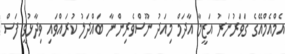
އެމްއެމްއޭގެ ގަވަރުނަރު އަޒީމާ އާދަމް މިއަދު ނޫސްވެރިންނާ ބައްދަލު ކުރައްވައި ވިދާޅުވީ ފަސް